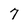
Character: 7